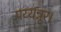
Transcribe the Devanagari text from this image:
पय्यन्नूर।